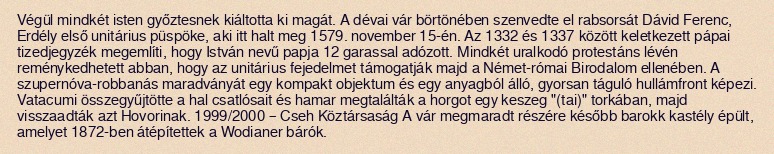
Végül mindkét isten győztesnek kiáltotta ki magát. A dévai vár börtönében szenvedte el rabsorsát Dávid Ferenc, Erdély első unitárius püspöke, aki itt halt meg 1579. november 15-én. Az 1332 és 1337 között keletkezett pápai tizedjegyzék megemlíti, hogy István nevű papja 12 garassal adózott. Mindkét uralkodó protestáns lévén reménykedhetett abban, hogy az unitárius fejedelmet támogatják majd a Német-római Birodalom ellenében. A szupernóva-robbanás maradványát egy kompakt objektum és egy anyagból álló, gyorsan táguló hullámfront képezi. Vatacumi összegyűjtötte a hal csatlósait és hamar megtalálták a horgot egy keszeg "(tai)" torkában, majd visszaadták azt Hovorinak. 1999/2000 – Cseh Köztársaság A vár megmaradt részére később barokk kastély épült, amelyet 1872-ben átépítettek a Wodianer bárók.